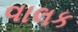
વાલક